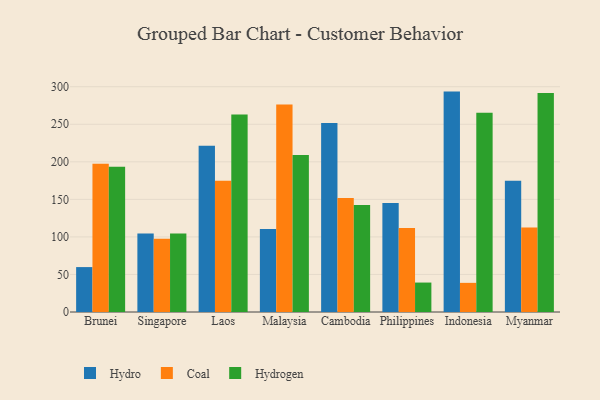
{"axis": {"x": "Country", "y": "Waste Production (Tons)"}, "legend": ["Coal", "Hydro", "Hydrogen"], "data": [{"x": "Brunei", "y": 59.8, "type": "Hydro"}, {"x": "Brunei", "y": 197.4, "type": "Coal"}, {"x": "Brunei", "y": 193.3, "type": "Hydrogen"}, {"x": "Singapore", "y": 104.5, "type": "Hydro"}, {"x": "Singapore", "y": 97.6, "type": "Coal"}, {"x": "Singapore", "y": 104.6, "type": "Hydrogen"}, {"x": "Laos", "y": 221.5, "type": "Hydro"}, {"x": "Laos", "y": 174.7, "type": "Coal"}, {"x": "Laos", "y": 262.9, "type": "Hydrogen"}, {"x": "Malaysia", "y": 110.5, "type": "Hydro"}, {"x": "Malaysia", "y": 276.3, "type": "Coal"}, {"x": "Malaysia", "y": 209.0, "type": "Hydrogen"}, {"x": "Cambodia", "y": 251.7, "type": "Hydro"}, {"x": "Cambodia", "y": 151.8, "type": "Coal"}, {"x": "Cambodia", "y": 142.4, "type": "Hydrogen"}, {"x": "Philippines", "y": 145.2, "type": "Hydro"}, {"x": "Philippines", "y": 111.8, "type": "Coal"}, {"x": "Philippines", "y": 39.2, "type": "Hydrogen"}, {"x": "Indonesia", "y": 293.5, "type": "Hydro"}, {"x": "Indonesia", "y": 38.8, "type": "Coal"}, {"x": "Indonesia", "y": 265.3, "type": "Hydrogen"}, {"x": "Myanmar", "y": 174.7, "type": "Hydro"}, {"x": "Myanmar", "y": 112.4, "type": "Coal"}, {"x": "Myanmar", "y": 291.5, "type": "Hydrogen"}]}